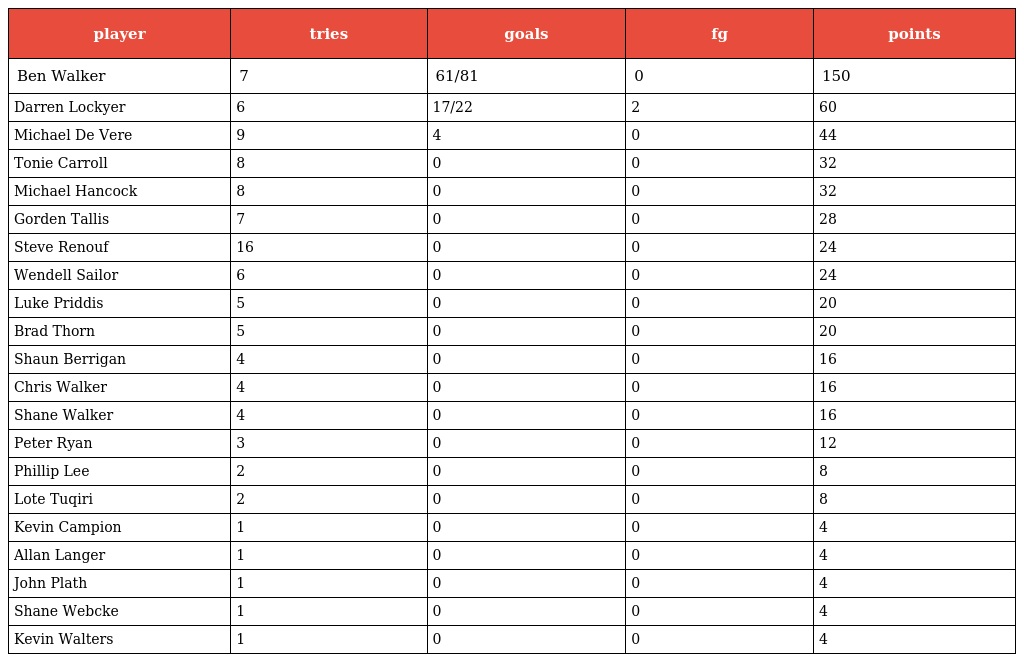
| player | tries | goals | fg | points |
 | --- | --- | --- | --- | --- |
 | Ben Walker | 7 | 61/81 | 0 | 150 |
 | Darren Lockyer | 6 | 17/22 | 2 | 60 |
 | Michael De Vere | 9 | 4 | 0 | 44 |
 | Tonie Carroll | 8 | 0 | 0 | 32 |
 | Michael Hancock | 8 | 0 | 0 | 32 |
 | Gorden Tallis | 7 | 0 | 0 | 28 |
 | Steve Renouf | 16 | 0 | 0 | 24 |
 | Wendell Sailor | 6 | 0 | 0 | 24 |
 | Luke Priddis | 5 | 0 | 0 | 20 |
 | Brad Thorn | 5 | 0 | 0 | 20 |
 | Shaun Berrigan | 4 | 0 | 0 | 16 |
 | Chris Walker | 4 | 0 | 0 | 16 |
 | Shane Walker | 4 | 0 | 0 | 16 |
 | Peter Ryan | 3 | 0 | 0 | 12 |
 | Phillip Lee | 2 | 0 | 0 | 8 |
 | Lote Tuqiri | 2 | 0 | 0 | 8 |
 | Kevin Campion | 1 | 0 | 0 | 4 |
 | Allan Langer | 1 | 0 | 0 | 4 |
 | John Plath | 1 | 0 | 0 | 4 |
 | Shane Webcke | 1 | 0 | 0 | 4 |
 | Kevin Walters | 1 | 0 | 0 | 4 |